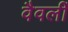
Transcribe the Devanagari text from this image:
वैवर्ली